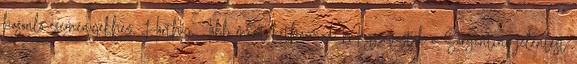
hasonló eseményekhez, Horthy. Több mint kétharmad: Megszavazták a Sargentini-jelentést